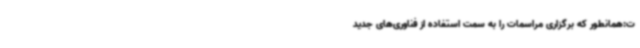
ت:همانطور که برگزاری مراسمات را به سمت استفاده از فناوری‌های جدید